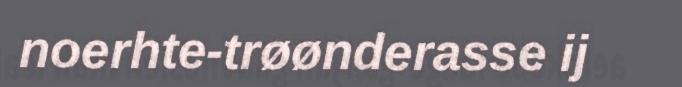
noerhte-trøønderasse ij